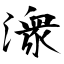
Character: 潨